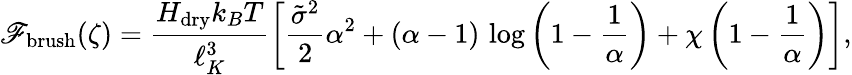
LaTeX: \mathscr{F}_{\mathrm{{brush}}}(\zeta)=\frac{{H_{\mathrm{{dry}}}k_{B}T}}{{\ell_{K}^{3}}}\left[\frac{{\tilde{{\sigma}}^{2}}}{{2}}\alpha^{2}+(\alpha-1)\, \log\left(1-\frac{{1}}{{\alpha}}\right)+\chi\left(1-\frac{{1}}{{\alpha}}\right)\right],